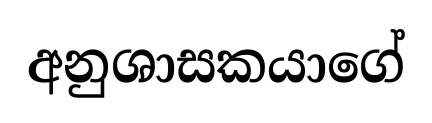
අනුශාසකයාගේ